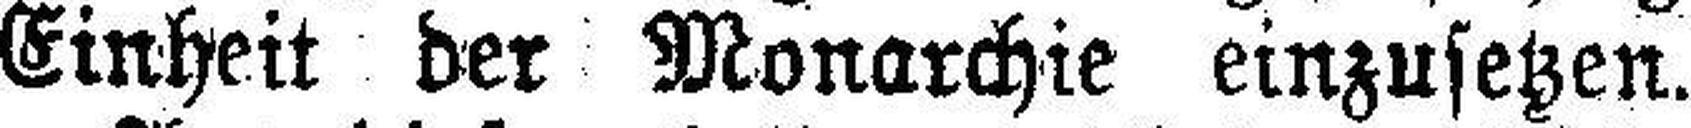
Einheit der Monarchie einzusetzen.